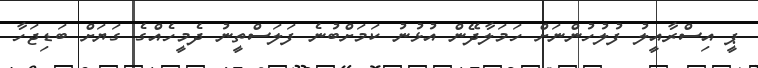
ޕީ އިސްރާއީލު ފުލުހުންނަށް ހަމަލާދޭން އުޅުނު ކަމަށްބުނެ ފަލަސްތީނު ދެމީހެއްގެ ގަޔަށް ބަޑިޖަހާ